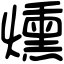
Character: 燻